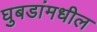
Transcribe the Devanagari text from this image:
घुबडांमधील